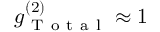
g _ { \mathrm { ~ T ~ o ~ t ~ a ~ l ~ } } ^ { ( 2 ) } \approx 1